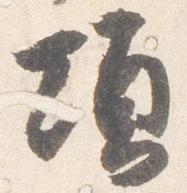
頃